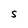
Character: S